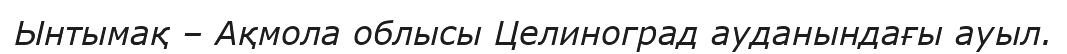
Ынтымақ – Ақмола облысы Целиноград ауданындағы ауыл.